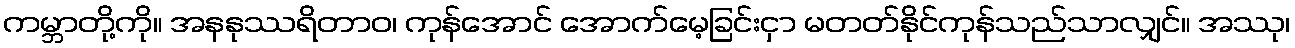
ကမ္ဘာတို့ကို။ အနနုဿရိတာဝ၊ ကုန်အောင် အောက်မေ့ခြင်းငှာ မတတ်နိုင်ကုန်သည်သာလျှင်။ အဿု၊